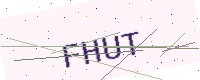
Text: FHUT